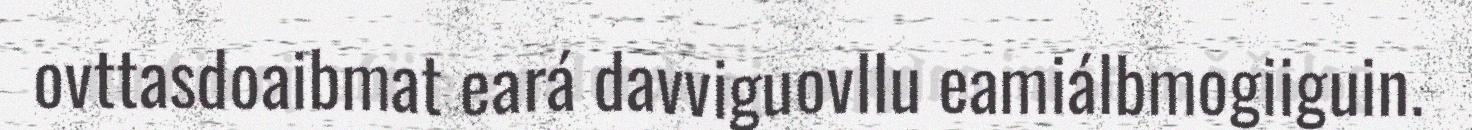
ovttasdoaibmat eará davviguovllu eamiálbmogiiguin.